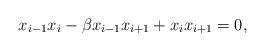
\begin{align*} x_{i-1} x_i - \beta x_{i-1} x_{i+1} + x_i x_{i+1} = 0, \end{align*}